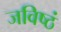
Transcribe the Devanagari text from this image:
जविष्ठं